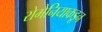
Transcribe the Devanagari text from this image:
रोमेनियाकडून